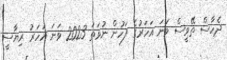
ދެހާސް ތޭވީސް ވަނަ އަހަރުގެ ފަހުން ނުވަތަ 2023 ވަނަ އަހަރު ރިޔާސީ